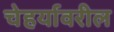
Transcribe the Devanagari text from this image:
चेहर्यावरील